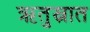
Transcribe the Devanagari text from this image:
ऋतुस्नात